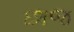
છાજ